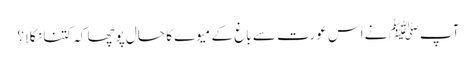
آپﷺ نے اس عورت سے باغ کے میوے کا حال پوچھا کہ کتنا نکلا؟